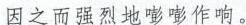
因之而强烈地砰砰作响。